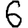
Digit: 6